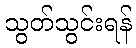
သွတ်သွင်းရန်